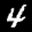
Label: 4